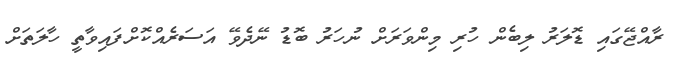
ރާއްޖޭގައި ޑޮލަރު ލިބެން ހުރި މިންވަރަށް ނުހަރު ބޮޑު ނޭދެވޭ އަސަރެެއްކޮށްފައިވާތީ ހާލަތަށް